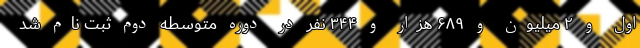
اول و ۲ میلیون و ۶۸۹ هزار و ۳۴۴ نفر در دوره متوسطه دوم ثبت نام شد